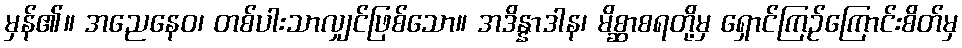
မှန်၏။ အညေနေဝ၊ တစ်ပါးသာလျှင်ဖြစ်သော။ အဒိန္နာဒါန၊ မိစ္ဆာစရတို့မှ ရှောင်ကြဉ်ကြောင်းစိတ်မှ